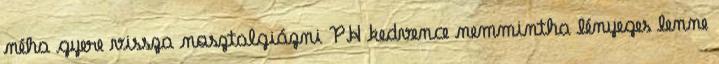
néha gyere vissza nosztalgiázni PH kedvence nemmintha lényeges lenne